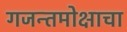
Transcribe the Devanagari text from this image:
गजन्तमोक्षाचा